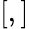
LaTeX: [,]